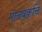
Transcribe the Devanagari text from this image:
मानवकृत्ति